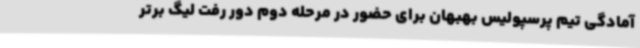
آمادگی تیم پرسپولیس بهبهان برای حضور در مرحله دوم دور رفت لیگ برتر